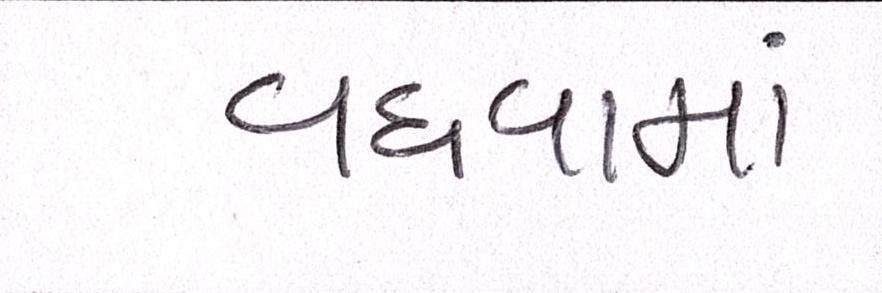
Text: વધવામાં